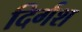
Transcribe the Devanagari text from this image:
दिर्गश